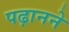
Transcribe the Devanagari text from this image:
पढ़ानने